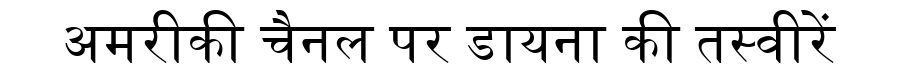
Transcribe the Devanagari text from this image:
अमरीकी चैनल पर डायना की तस्वीरें